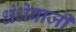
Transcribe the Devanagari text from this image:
धंधेबाजी